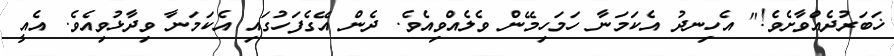
ޚަބަރުދެއްވާށެވެ!" އެހިނދު އެކަމަނާ ހަމަހިމޭން ވެލެއްވިއެވެ. ދެން އޭގެފަހުގައި އެކަމަނާ ވިދާޅުވިއެވެ. އެއީ